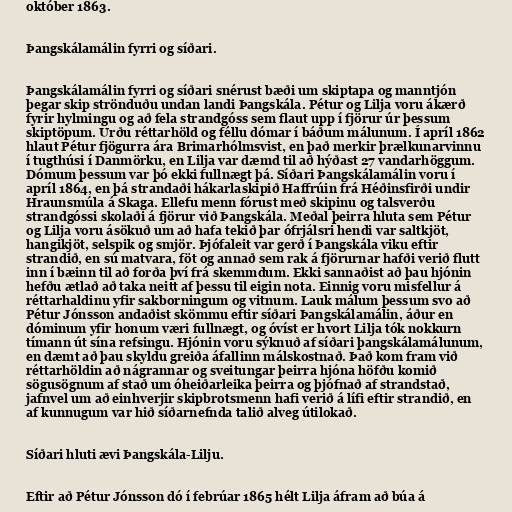
október 1863.

Þangskálamálin fyrri og síðari.

Þangskálamálin fyrri og síðari snérust bæði um skiptapa og manntjón
þegar skip strönduðu undan landi Þangskála. Pétur og Lilja voru ákærð
fyrir hylmingu og að fela strandgóss sem flaut upp í fjörur úr þessum
skiptöpum. Urðu réttarhöld og féllu dómar í báðum málunum. Í apríl 1862
hlaut Pétur fjögurra ára Brimarhólmsvist, en það merkir þrælkunarvinnu
í tugthúsi í Danmörku, en Lilja var dæmd til að hýðast 27 vandarhöggum.
Dómum þessum var þó ekki fullnægt þá. Síðari Þangskálamálin voru í
apríl 1864, en þá strandaði hákarlaskipið Haffrúin frá Héðinsfirði undir
Hraunsmúla á Skaga. Ellefu menn fórust með skipinu og talsverðu
strandgóssi skolaði á fjörur við Þangskála. Meðal þeirra hluta sem Pétur
og Lilja voru ásökuð um að hafa tekið þar ófrjálsri hendi var saltkjöt,
hangikjöt, selspik og smjör. Þjófaleit var gerð í Þangskála viku eftir
strandið, en sú matvara, föt og annað sem rak á fjörurnar hafði verið flutt
inn í bæinn til að forða því frá skemmdum. Ekki sannaðist að þau hjónin
hefðu ætlað að taka neitt af þessu til eigin nota. Einnig voru misfellur á
réttarhaldinu yfir sakborningum og vitnum. Lauk málum þessum svo að
Pétur Jónsson andaðist skömmu eftir síðari Þangskálamálin, áður en
dóminum yfir honum væri fullnægt, og óvíst er hvort Lilja tók nokkurn
tímann út sína refsingu. Hjónin voru sýknuð af síðari þangskálamálunum,
en dæmt að þau skyldu greiða áfallinn málskostnað. Það kom fram við
réttarhöldin að nágrannar og sveitungar þeirra hjóna höfðu komið
sögusögnum af stað um óheiðarleika þeirra og þjófnað af strandstað,
jafnvel um að einhverjir skipbrotsmenn hafi verið á lífi eftir strandið, en
af kunnugum var hið síðarnefnda talið alveg útilokað.

Síðari hluti ævi Þangskála-Lilju.

Eftir að Pétur Jónsson dó í febrúar 1865 hélt Lilja áfram að búa á